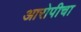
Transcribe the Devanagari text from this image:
आरोपीचा